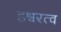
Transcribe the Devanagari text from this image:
इश्वरत्व